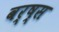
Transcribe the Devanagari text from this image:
वर्ष्स